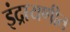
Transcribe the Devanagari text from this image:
इंद्रायणीत